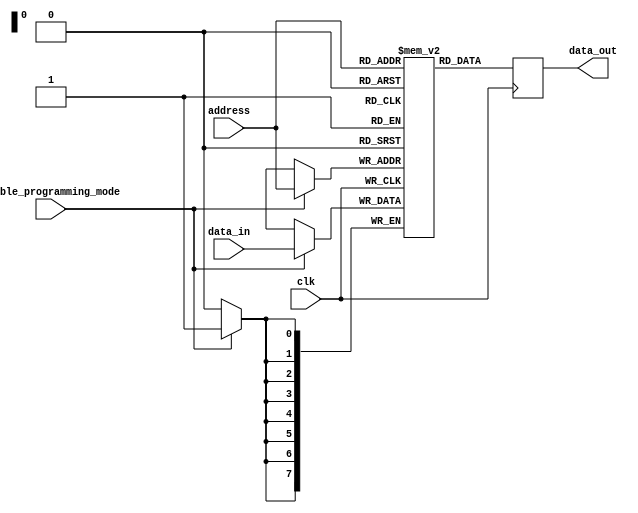
module prom (
    input wire clk,
    input wire [7:0] address,
    input wire enable_programming_mode,
    input wire [7:0] data_in,
    output reg [7:0] data_out
);

reg [7:0] memory [0:255]; // 256 memory blocks

always @(posedge clk) begin
    if (enable_programming_mode) begin
        memory[address] <= data_in;
    end
    data_out <= memory[address];
end

endmodule